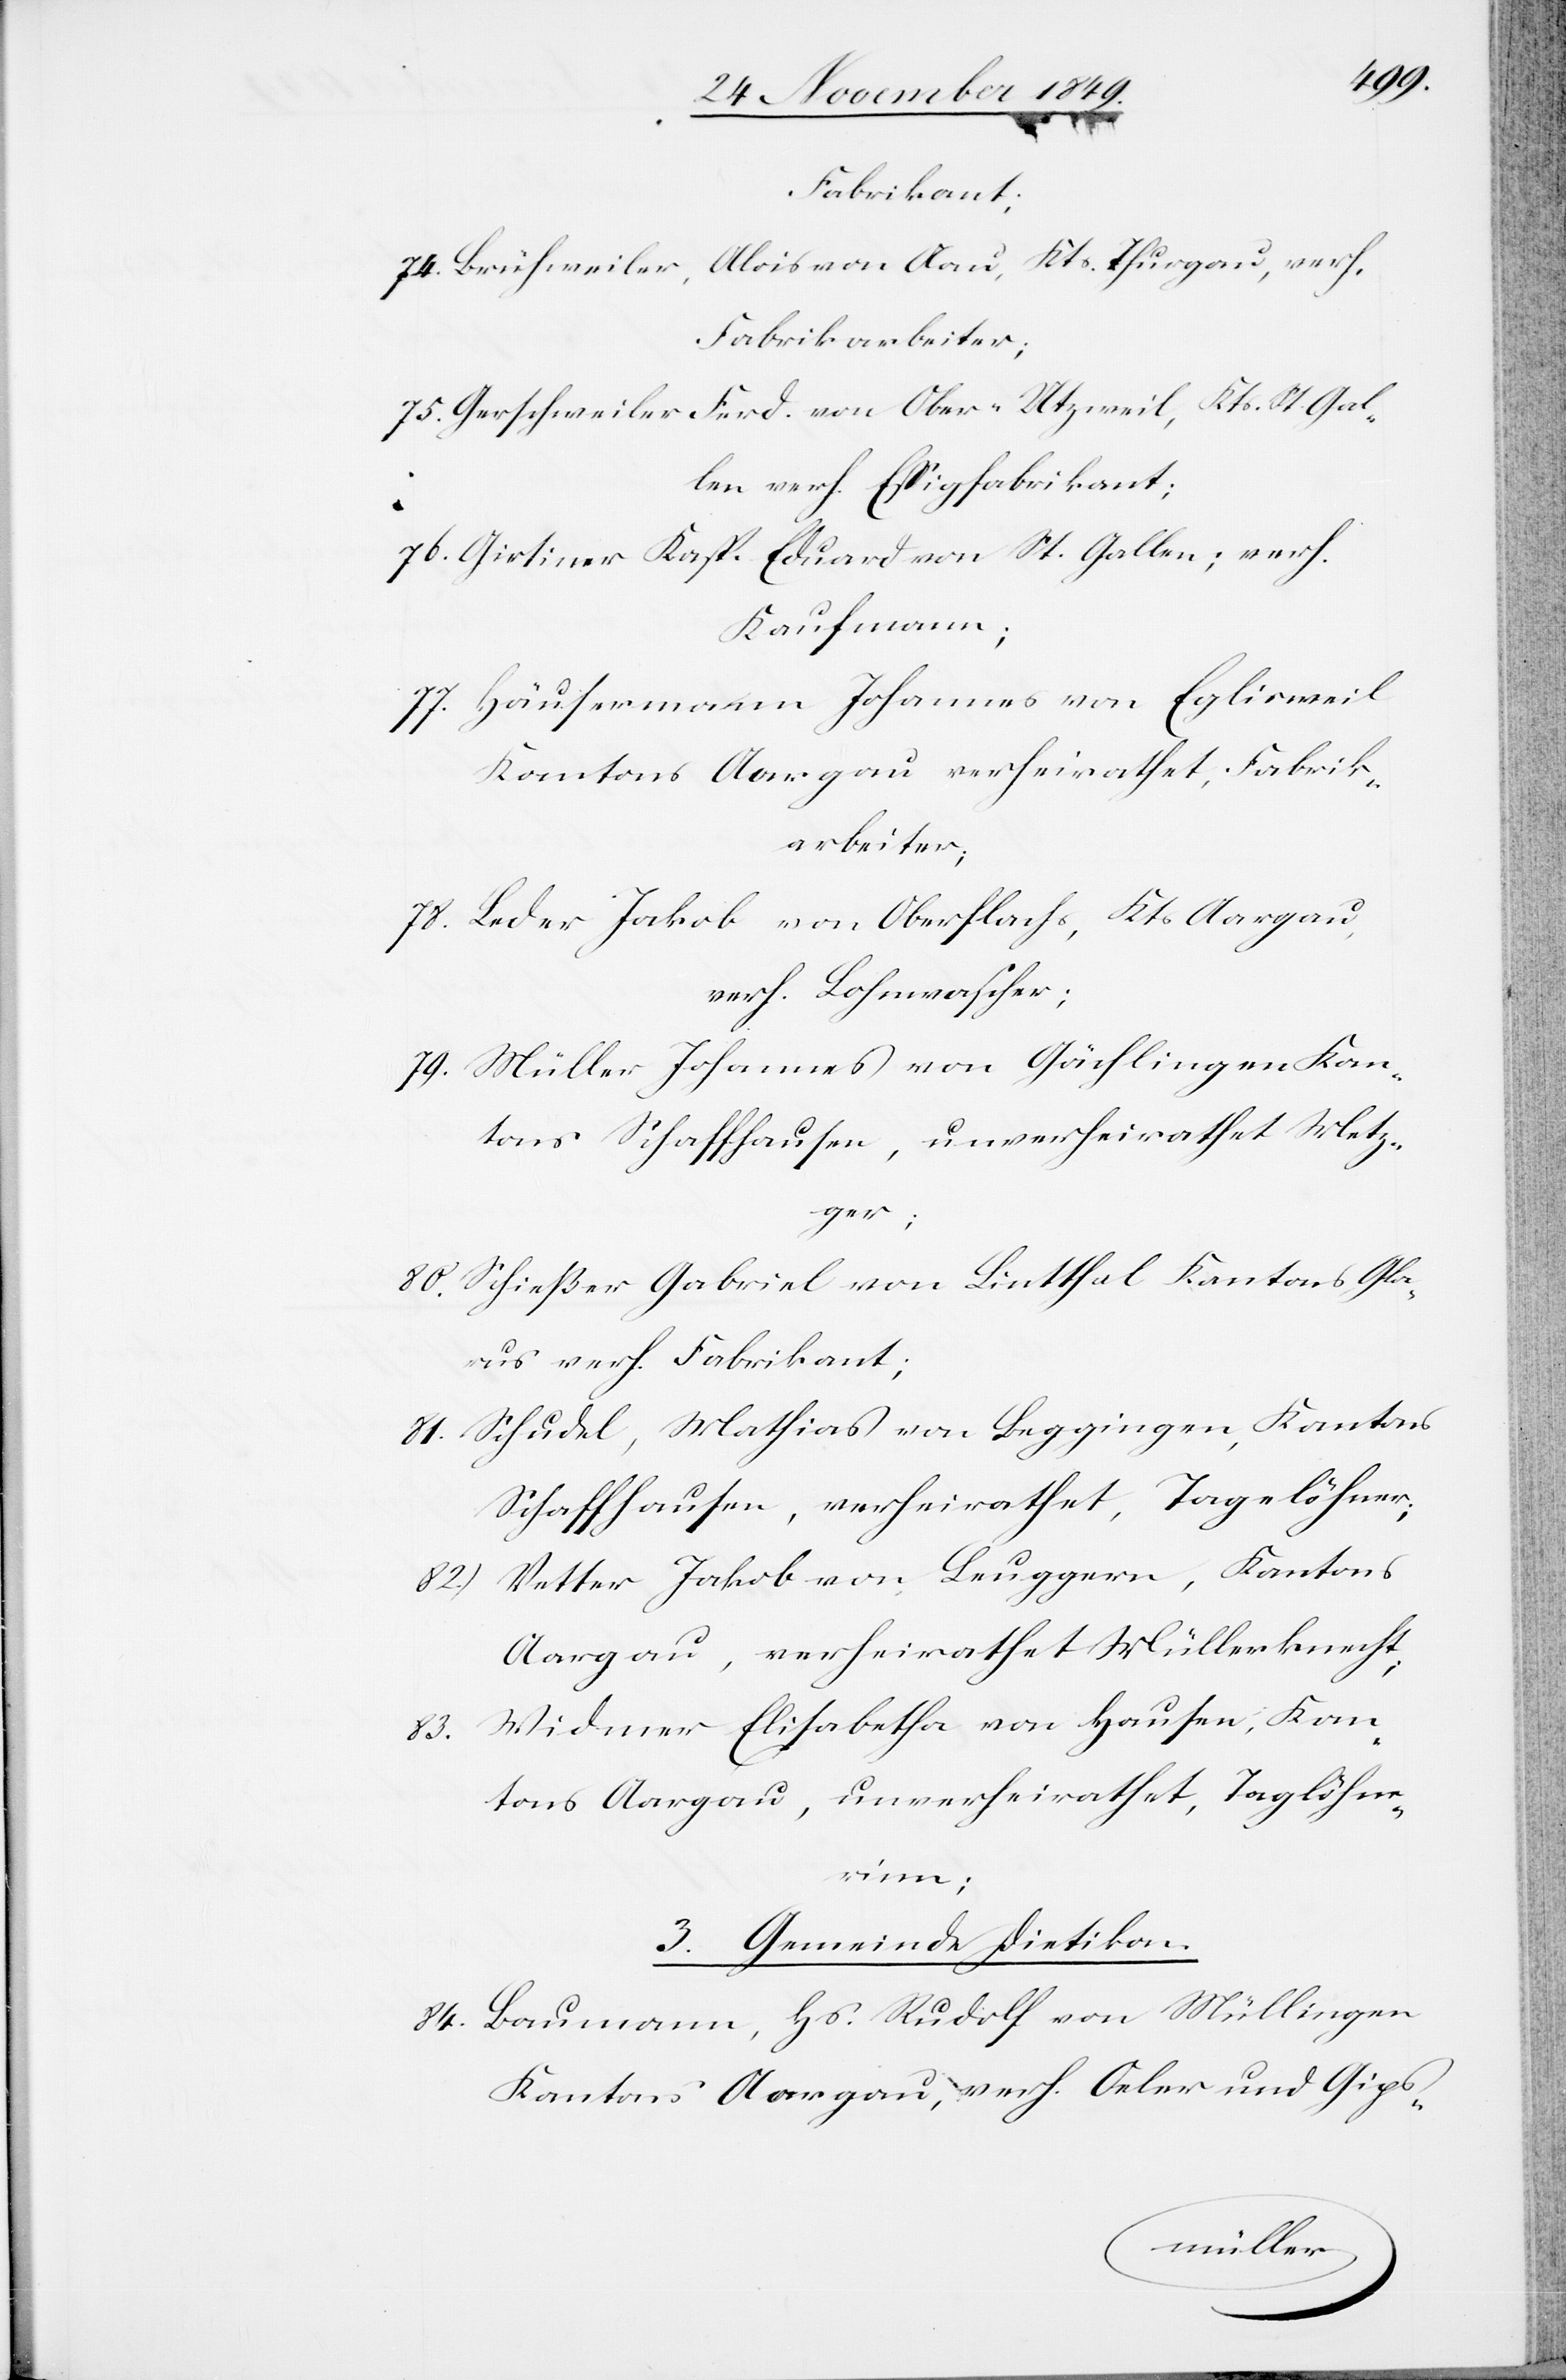
Fabrikant;
74. Brühweiler, Alois von Aau, Kts. Thurgau, verh.
Fabrikarbeiter;
75. Gerschweiler Ferd. Von Ober-Utzweil, Kts. St. Gal¬
len verh. Eßigfabrikant;
76. Girsiner Kasp. Eduard von St. Gallen; verh.
Kaufmann;
77. Häusermann Johannes von Eglisweil
Kantons Aargau verheirathet, Fabrik¬
arbeiter;
78. Beder Jakob von Oberflachs, Kts. Aargau,
verh. Lohnmacher;
79. Müller Johannes von Gächlingen Kan¬
tons Schaffhausen, unverheirathet Metz¬
ger;
80. Schieße Gabriel von Lintthal Kantons Gla¬
rus verh. Fabrikant;
81. Schudel, Mathias von Beggingen, Kantons
Schaffhausen, verheirathet, Tagelöhner;
82. Vetter Jakob von Leuppern, Kantons
Aargau, verheirathet Müllerknecht;
83. Widmer Elisabetha von Hausen, Kan¬
tons Aargau, unverheirathet, Taglöhne¬
rinn;
3. Gemeinde Dietikon
84. Baumann, Hs. Rudolf von Mühlingen
Kantons Aargau, verh. Ober und Gips-